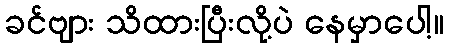
ခင်ဗျား သိထားပြီးလို့ပဲ နေမှာပေါ့။